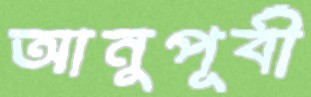
আনুপূর্বী